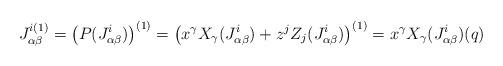
LaTeX: \begin{align*} J_{\alpha\beta}^{i(1)}=\left(P(J_{\alpha\beta}^{i})\right)^{(1)} =\big{(}x^\gamma X_\gamma(J_{\alpha\beta}^{i})+z^j Z_j(J_{\alpha\beta}^{i})\big{)}^{(1)} =x^\gamma X_\gamma(J_{\alpha\beta}^{i})(q) \end{align*}